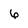
Character: 6